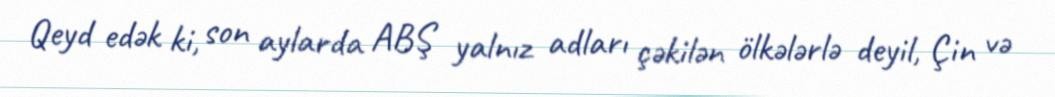
Qeyd edək ki, son aylarda ABŞ yalnız adları çəkilən ölkələrlə deyil, Çin və